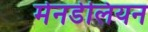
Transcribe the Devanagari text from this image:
मेनडेलियन